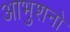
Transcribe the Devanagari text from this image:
आभुशनो